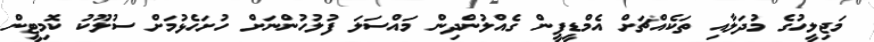
މަޖިލީހުގެ މުދަލާއި ތަކެއްޗަށް އެމްޑީޕީން ގެއްލުންދިން މައްސަލަ ފުލުހުންނަށް ހުށަހެޅުމަށް ސުލޫކު ކޮމިޓީން